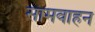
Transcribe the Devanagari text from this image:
सामवाहन